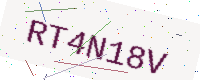
Text: RT4N18V